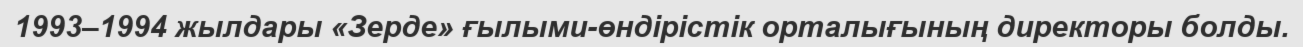
1993–1994 жылдары «Зерде» ғылыми-өндірістік орталығының директоры болды.